Source: Handwritten
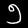
Digit: ၅ (5)